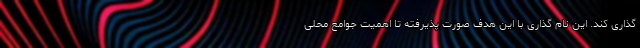
‌گذاری کند. این نام گذاری با این هدف صورت پذیرفته تا اهمیت جوامع محلی